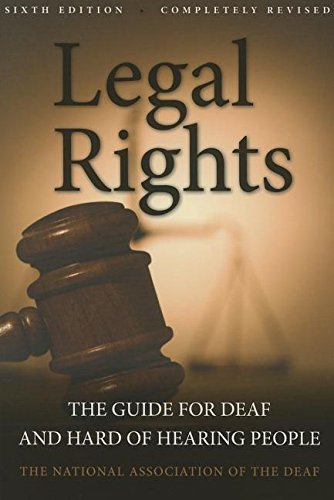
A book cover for Legal Rights, 6th Ed.: The Guide for Deaf and Hard of Hearing People; National Association of the Deaf; Law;